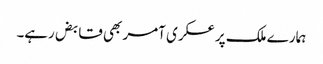
ہمارے ملک پر عسکری آمر بھی قابض رہے۔